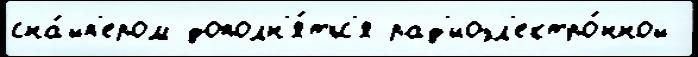
сна́йп'ером дополн'я́тьс'я рад'иоэл'ектро́нной